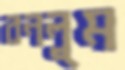
বনলুম